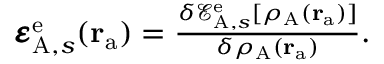
\begin{array} { r } { \pmb { \varepsilon } _ { \mathrm { A } , s } ^ { \mathrm { e } } ( \mathbf { r } _ { \mathrm { a } } ) = \frac { \delta \mathcal { E } _ { \mathrm { A } , s } ^ { \mathrm { e } } [ \rho _ { \mathrm { A } } ( \mathbf { r } _ { \mathrm { a } } ) ] } { \delta \rho _ { \mathrm { A } } ( \mathbf { r } _ { \mathrm { a } } ) } . } \end{array}